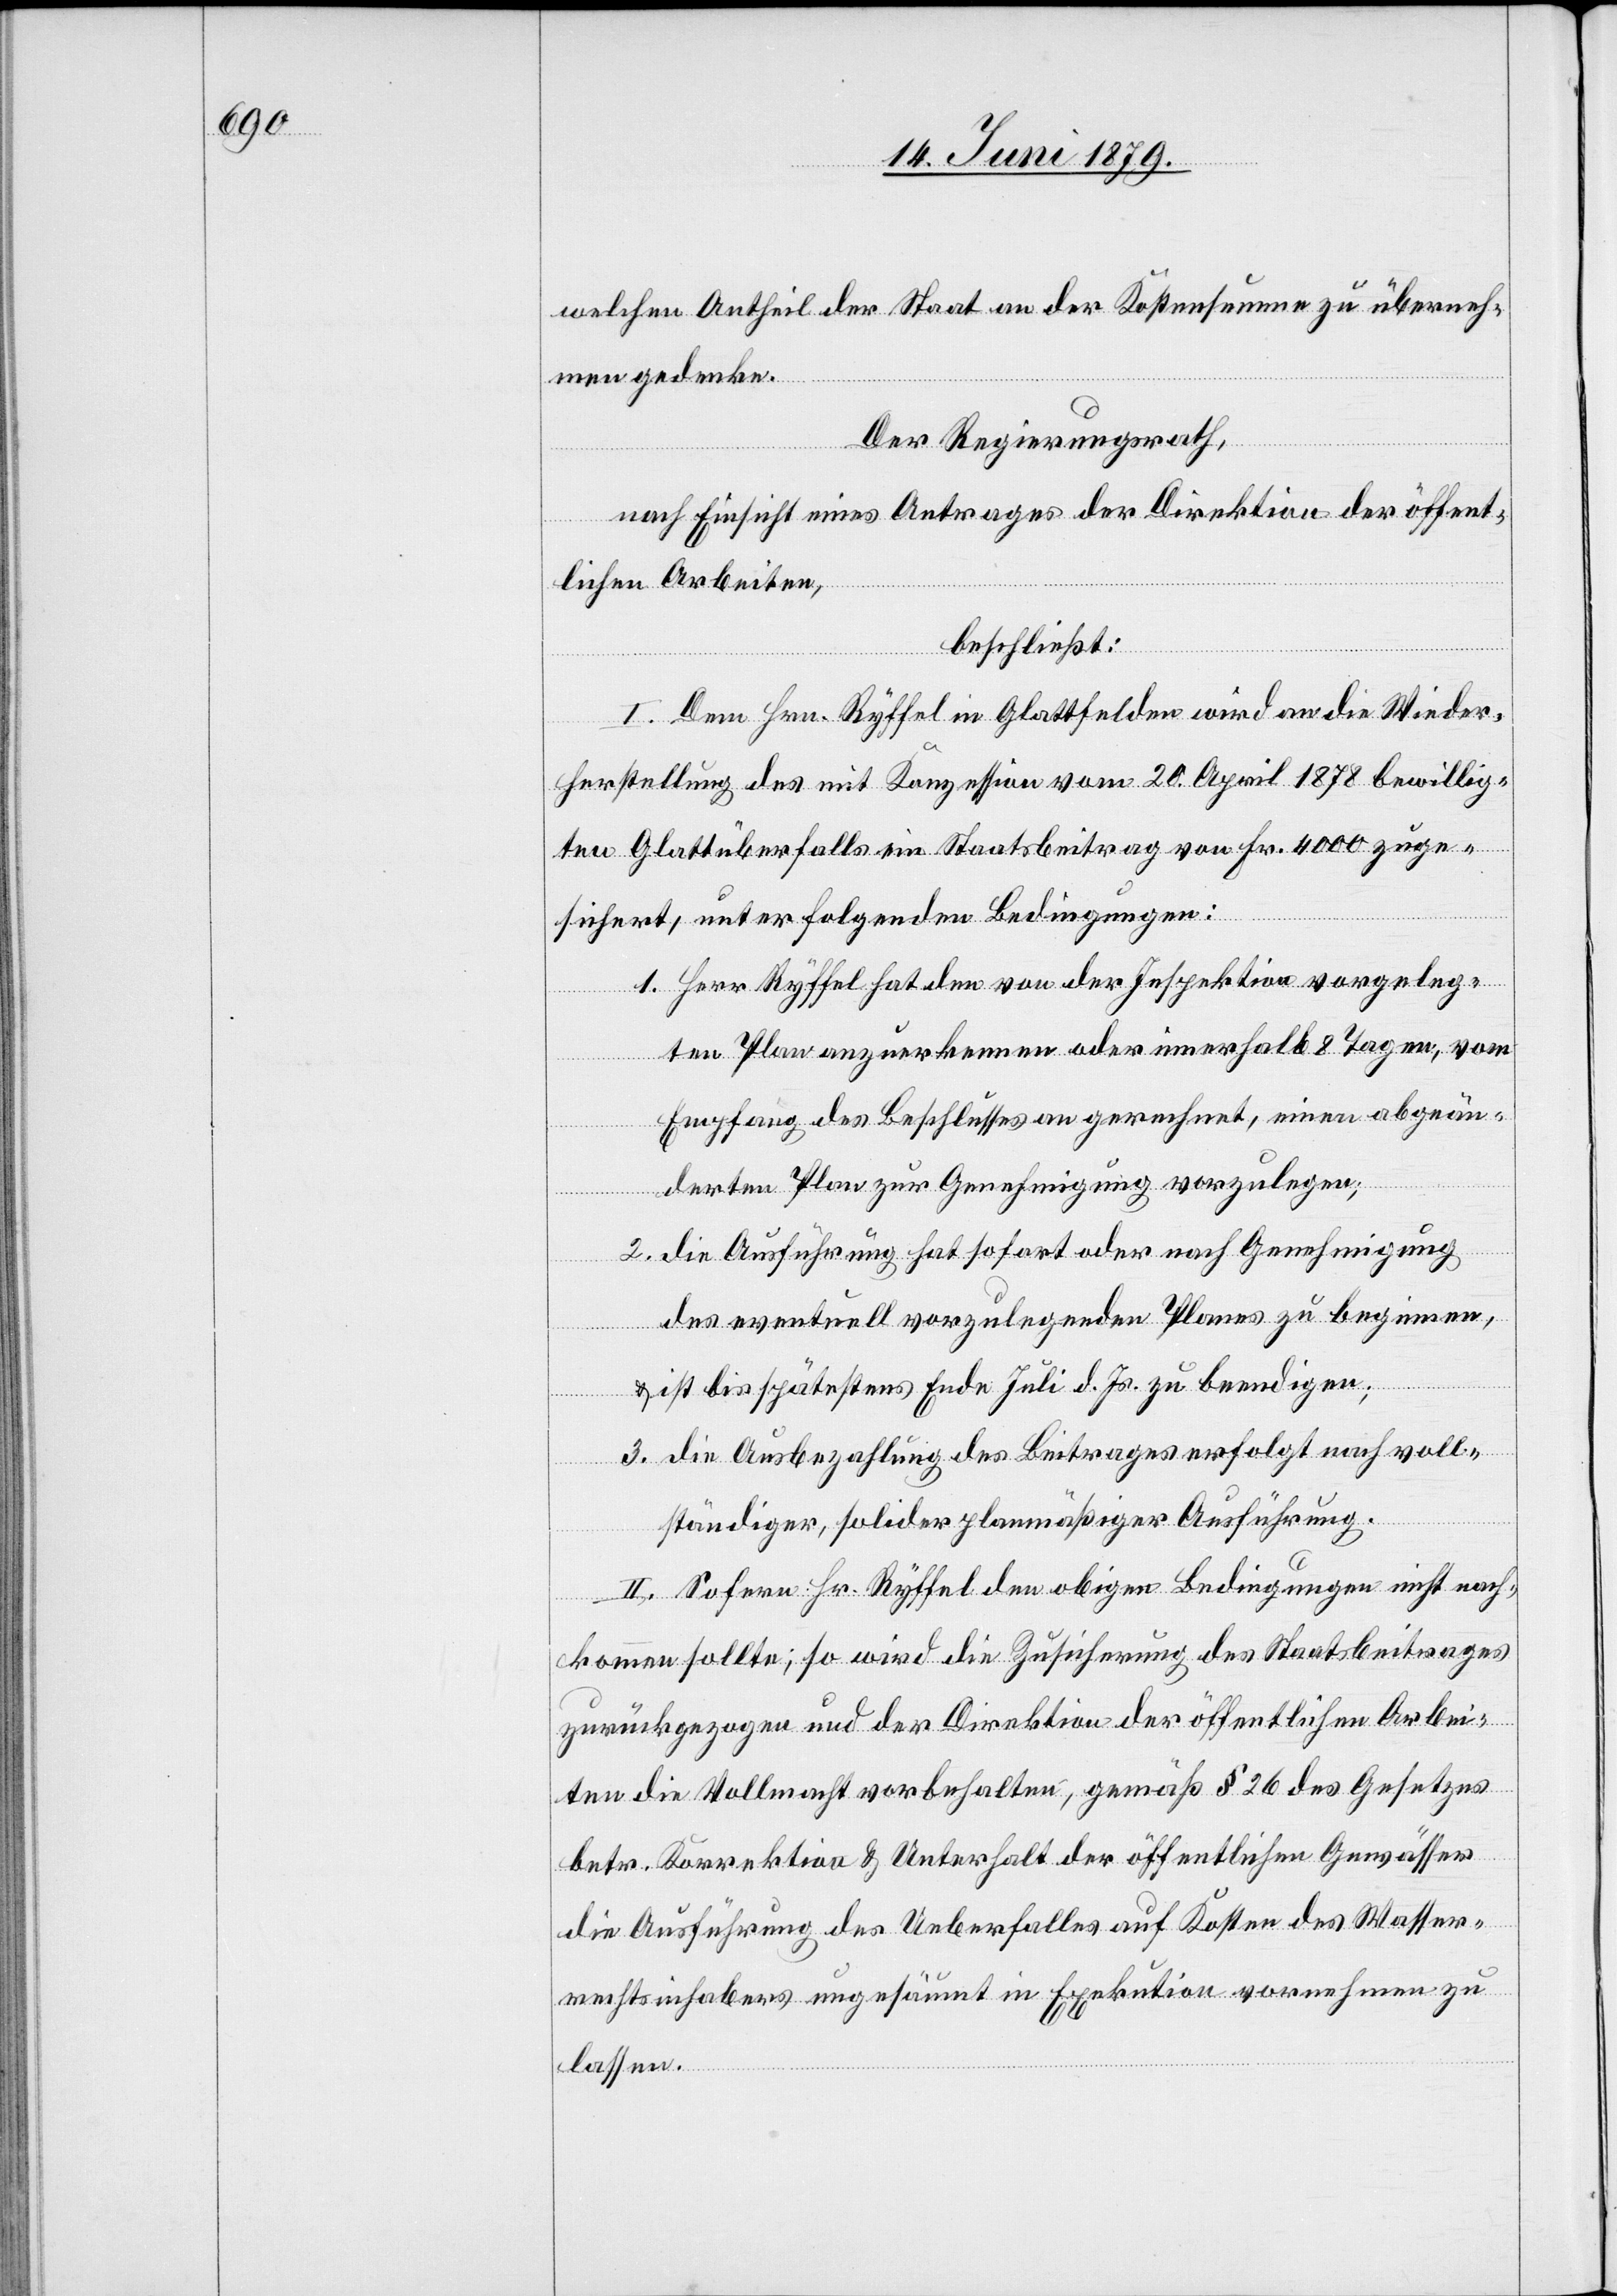
welchen Antheil der Staat an der Kostensumme zu überneh¬
men gedenke.
Der Regierungsrath,
nach Einsicht eines Antrages der Direktion der öffent¬
lichen Arbeiten,
beschließt:
I. Dem Hrn. Ryffel in Glattfelden wird an die Wieder¬
herstellung des mit Konzession vom 20. April 1878 bewillig¬
ten Glattüberfalls ein Staatsbeitrag von Fr. 4000 zuge¬
sichert, unter folgenden Bedingungen:
1. Herr Ryffel hat den von der Inspektion vorgeleg¬
ten Plan anzuerkennen oder innerhalb 8 Tagen, vom
Empfang des Beschlusses an gerechnet, einen abgeän¬
derten Plan zur Genehmigung vorzulegen;
2. die Ausführung hat sofort oder nach Genehmigung
des eventuell vorzulegenden Planes zu beginnen,
& ist bis spätestens Ende Juli d. Js. zu beendigen;
3. die Ausbezahlung des Beitrages erfolgt nach voll¬
ständiger, solider planmäßiger Ausführung.
II. Sofern Hr. Ryffel den obigen Bedingungen nicht nach¬
kommen sollte, so wird die Zusicherung des Staatsbeitrages
zurückgezogen und der Direktion der öffentlichen Arbei¬
ten die Vollmacht vorbehalten, gemäß § 26 des Gesetzes
betr. Korrektion & Unterhalt der öffentlichen Gewässer
die Ausführung des Ueberfalles auf Kosten des Wasser¬
rechtsinhabers ungesäumt in Exekution vornehmen zu
lassen.